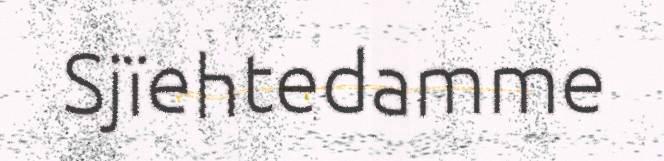
Sjïehtedamme